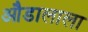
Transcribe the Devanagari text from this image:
औडालाला